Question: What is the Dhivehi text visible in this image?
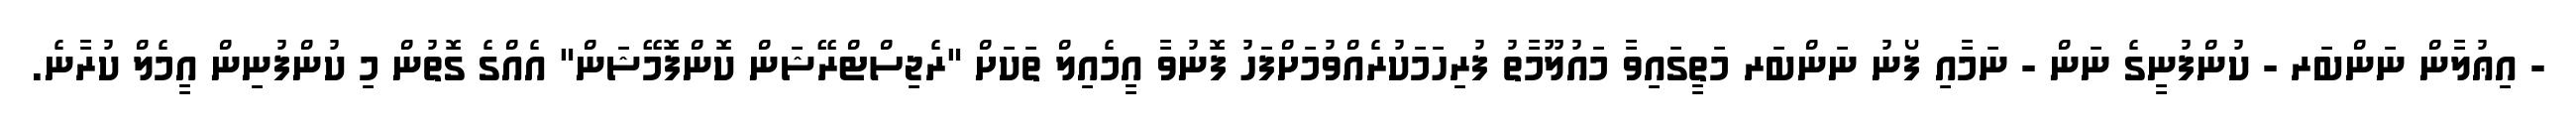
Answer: - އިޢުލާން ނަންބަރ - ކުންފުނީގެ ނަން - ނަމާއި ފޯނު ނަންބަރ މަތީގައިވާ މައުލޫމާތު ފުރިހަމަކުރެއްވުމަށްފަހު ފޮނުވާ އީމެއިލް ތަކަށް "ރެޖިސްޓްރޭޝަން ކޮންފޮމޭޝަން" އެއްގެ ގޮތުން މި ކުންފުނިން އީމެލް ކުރާނެ.